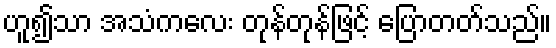
ဟူ၍သာ အသံကလေး တုန်တုန်ဖြင့် ပြောတတ်သည်။